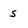
Character: s